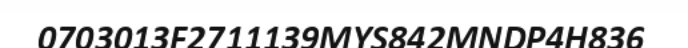
0703013F2711139MYS842MNDP4H836